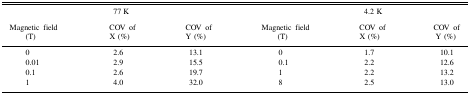
<table><thead><tr><td></td><td><b>77 K</b></td><td></td><td></td><td><b>4.2 K</b></td><td></td></tr><tr><td><b>Magnetic field(T)</b></td><td><b>COV ofX (%)</b></td><td><b>COV ofY (%)</b></td><td><b>Magnetic field(T)</b></td><td><b>COV ofX (%)</b></td><td><b>COV ofY (%)</b></td></tr></thead><tbody><tr><td>0</td><td>2.6</td><td>13.1</td><td>0</td><td>1.7</td><td>10.1</td></tr><tr><td>0.01</td><td>2.9</td><td>15.5</td><td>0.1</td><td>2.2</td><td>12.6</td></tr><tr><td>0.1</td><td>2.6</td><td>19.7</td><td>1</td><td>2.2</td><td>13.2</td></tr><tr><td>1</td><td>4.0</td><td>32.0</td><td>8</td><td>2.5</td><td>13.0</td></tr></tbody></table>